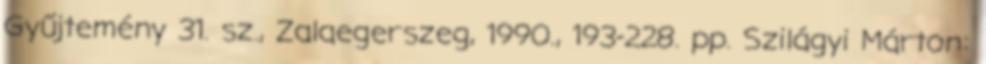
Gyűjtemény 31. sz., Zalaegerszeg, 1990., 193-228. pp. Szilágyi Márton: